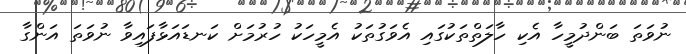
ނުވަތަ ބަންދުމީހާ އެކި ހާލަތްތަކުގައި އެވަގުތަކު އެމީހަކު ހުރުމަށް ކަނޑައަޅާފައިވާ ނުވަތަ އަންގާ